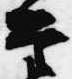
兵